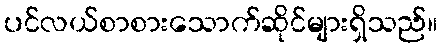
ပင်လယ်စာစားသောက်ဆိုင်များရှိသည်။